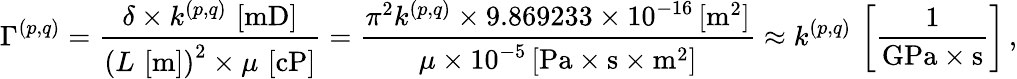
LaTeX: \Gamma^{(p,q)}=\frac{\delta\times k^{(p,q)}\, \left[\mathrm{{mD}}\right]}{\left(L\, \left[{\mathrm{m}}\right]\right)^{2}\times\mu\, \left[\mathrm{{cP}}\right]}=\frac{\pi^{2}k^{(p,q)}\times 9.869233\times 10^{-16}\, [{\mathrm{m}}^{2}]}{\mu\times 10^{-5}\, [\mathrm{{Pa}}\times{\mathrm{s}}\times\mathrm{{m}}^{2}]}\approx k^{(p,q)}\, \left[\frac{1}{{\mathrm{GPa}}\times\mathrm{{s}}}\right]\, ,